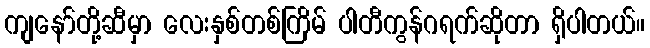
ကျနော်တို့ဆီမှာ လေးနှစ်တစ်ကြိမ် ပါတီကွန်ဂရက်ဆိုတာ ရှိပါတယ်။